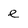
Character: e